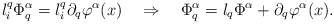
\begin{align*}l^q_i\Phi^\alpha_{q}=l^q_i\partial_q\varphi^\alpha(x) ~~~\Rightarrow~~~\Phi^\alpha_{q}=l_q\Phi^\alpha+\partial_q\varphi^\alpha(x).\end{align*}